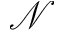
\mathscr { N }